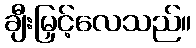
ချီးမြှင့်လေသည်။